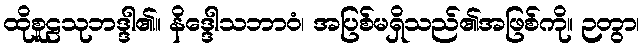
ထိုစူဠသုဘဒ္ဒါ၏။ နိဒ္ဒေါသဘာဝံ၊ အပြစ်မရှိသည်၏အဖြစ်ကို။ ဉတွာ၊